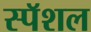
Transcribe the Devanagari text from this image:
स्पॅशल